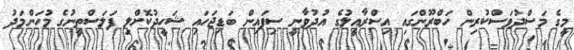
މީގެ މަސްދުވަސްކުރިން ހަބްރޫންގައި އިސްރާއީލުގެ އުދުވާނީ ސިފައިން ބަޑިޖަހައި ޝަހީދުކޮށްލި ފަލަސްތީނުގެ މުހަންމަދު